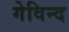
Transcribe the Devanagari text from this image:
गेविन्द